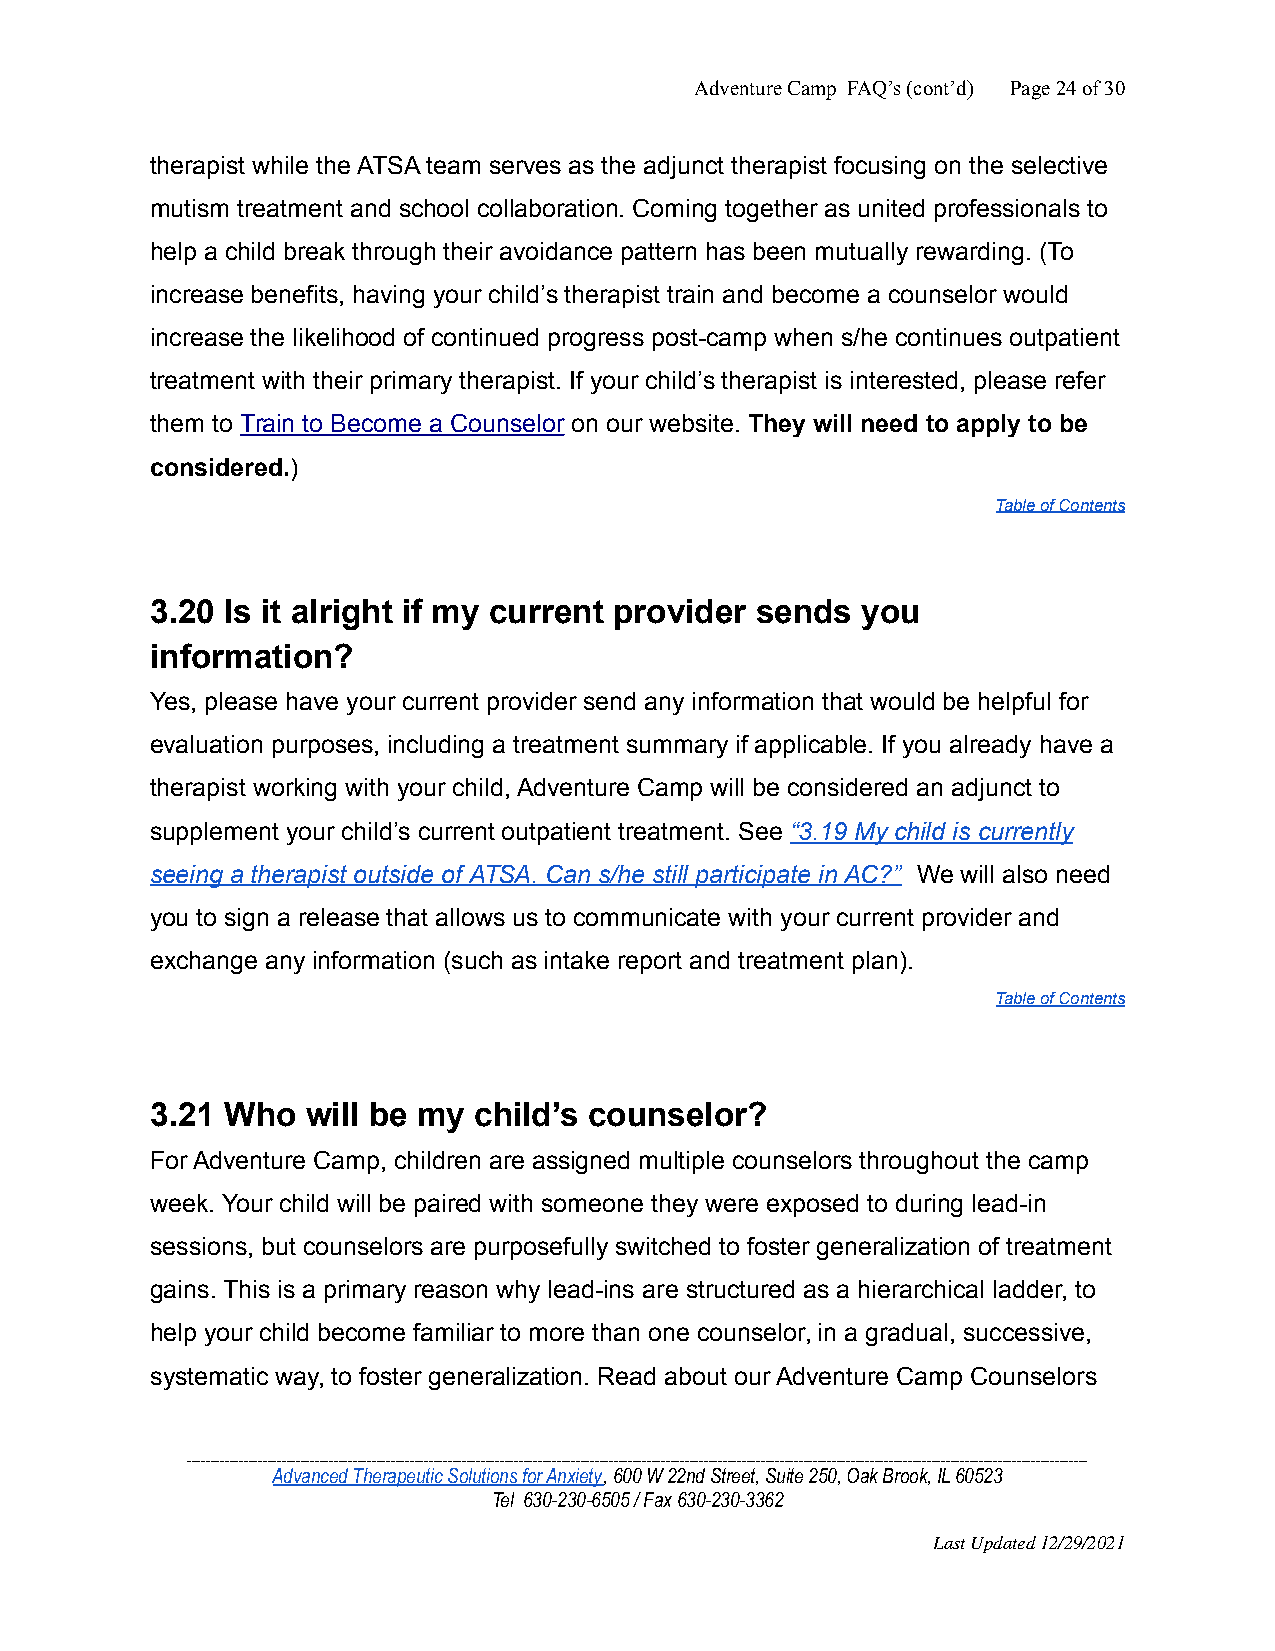
Adventure Camp FAQ’s (cont’d) Page24of30
 therapist while the ATSA team serves as the adjunct therapist focusing on the selective
 mutism treatment and school collaboration. Coming together as united professionals to
 help a child break through their avoidance pattern has been mutually rewarding. (To
 increase benefits, having your child’s therapist train and become a counselor would
 increase the likelihood of continued progress post-camp when s/he continues outpatient
 treatment with their primary therapist. If your child’s therapist is interested, please refer
 them to Train to Become a Counselor on our website. They will need to apply to be
 considered.)
 Table of Contents
 3.20 Is it alright if my current provider sends you
 information?
 Yes, please have your current provider send any information that would be helpful for
 evaluation purposes, including a treatment summary if applicable. If you already have a
 therapist working with your child, Adventure Camp will be considered an adjunct to
 supplement your child’s current outpatient treatment. See “3.19 My child is currently
 seeing a therapist outside of ATSA. Can s/he still participate in AC?” We will also need
 you to sign a release that allows us to communicate with your current provider and
 exchange any information (such as intake report and treatment plan).
 Table of Contents
 3.21 Who  will be my child’s counselor?
 For Adventure Camp, children are assigned multiple counselors throughout the camp
 week. Your child will be paired with someone they were exposed to during lead-in
 sessions, but counselors are purposefully switched to foster generalization of treatment
 gains. This is a primary reason why lead-ins are structured as a hierarchical ladder, to
 help your child become familiar to more than one counselor, in a gradual, successive,
 systematic way, to foster generalization. Read about our Adventure Camp Counselors
 ______________________________________________________________________________________________________________________________________________________________________________________________
 Advanced Therapeutic Solutions for Anxiety, 600 W22nd Street, Suite 250, Oak Brook, IL 60523
 Tel 630-230-6505 / Fax 630-230-3362
 Last Updated 12/29/2021